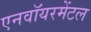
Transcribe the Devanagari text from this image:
एनवॉयरमेंटल